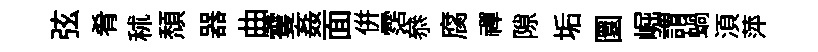
弦肴秫頹器曲䨥姦面併霑叅腐禪隙垢圜崛謂蝸湏萍